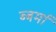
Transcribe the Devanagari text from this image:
ब्बर्मा